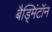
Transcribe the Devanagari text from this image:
बैड्मिंटॉन